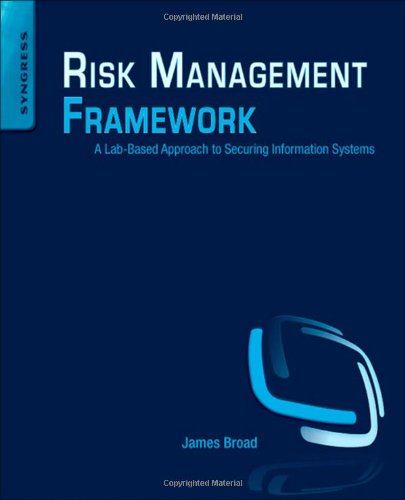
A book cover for Risk Management Framework: A Lab-Based Approach to Securing Information Systems; James Broad; Business & Money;